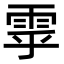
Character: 雽